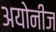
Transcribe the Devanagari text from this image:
अयोनीज